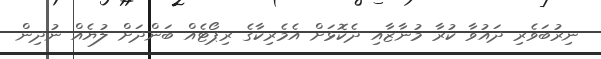
ނިރުބަވެރި ދައުވާ ކުރާ މުނާޒާއި ދެކޮޅަށް އެމެރިކާގެ ރިޕޯޓެއް ބަންދަށް ލުޔެއް ނުދިން